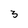
Character: 3